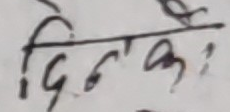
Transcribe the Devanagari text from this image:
दिनंके: